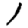
Digit: 1